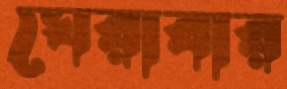
ঘেরাবার